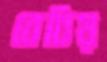
বেচিয়